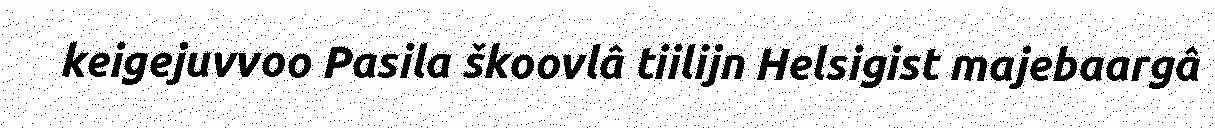
keigejuvvoo Pasila škoovlâ tiilijn Helsigist majebaargâ